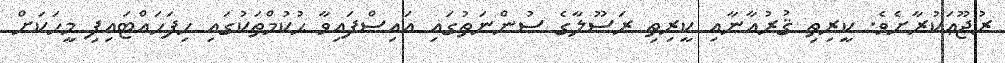
ރުޖޫޢަކުރާށެވެ. ކީރިތި ޤުރުއާނާއި ކީރިތި ރަސޫލާގެ ސުންނަތުގައި އައިސްފައިވާ ޙުކުމްތަކުގައި ހިފަހައްޓައިފި މީހަކަށް